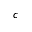
c